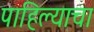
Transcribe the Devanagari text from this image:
पाहिल्याचा